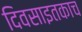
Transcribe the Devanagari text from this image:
दिवसाइतकाच